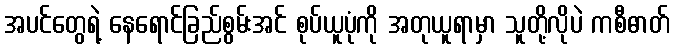
အပင်တွေရဲ့ နေရောင်ခြည်စွမ်းအင် စုပ်ယူပုံကို အတုယူရာမှာ သူတို့လိုပဲ ကစီဓာတ်